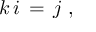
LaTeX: ~ k \, i \, = \, j ~ ,